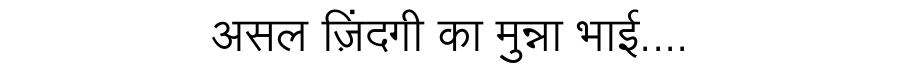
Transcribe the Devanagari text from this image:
असल ज़िंदगी का मुन्ना भाई....